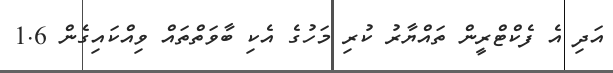
އަދި އެ ފެކްޓްރީން ތައްޔާރު ކުރި މަހުގެ އެކި ބާވަތްތައް ވިއްކައިގެން 1.6